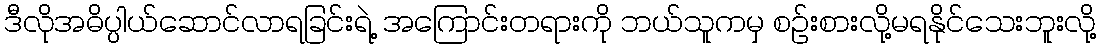
ဒီလိုအဓိပ္ပါယ်ဆောင်လာရခြင်းရဲ့ အကြောင်းတရားကို ဘယ်သူကမှ စဉ်းစားလို့မရနိုင်သေးဘူးလို့